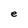
Character: e